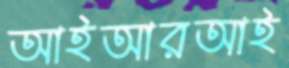
আইআরআই